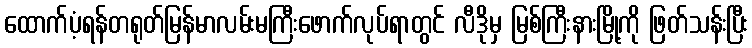
ထောက်ပံ့ရန်တရုတ်မြန်မာလမ်းမကြီးဖောက်လုပ်ရာတွင် လီဒိုမှ မြစ်ကြီးနားမြို့ကို ဖြတ်သန်းပြီး